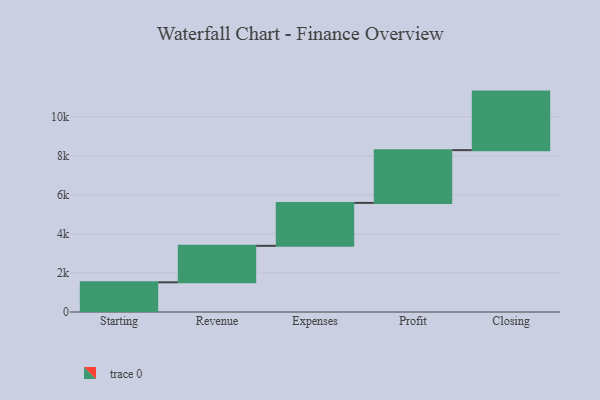
{"axis": {"x": "Step", "y": "Value"}, "legend": [""], "data": [{"x": "Starting", "y": 1521.0, "type": ""}, {"x": "Revenue", "y": 1869.0, "type": ""}, {"x": "Expenses", "y": 2199.0, "type": ""}, {"x": "Profit", "y": 2702.0, "type": ""}, {"x": "Closing", "y": 2999.0, "type": ""}]}